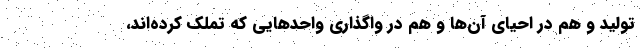
تولید و هم در احیای آن‌ها و هم در واگذاری واحدهایی که تملک کرده‌اند،